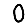
Digit: 0